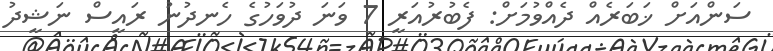
ސަންއަށް ޚަބަރެއް ދެއްވުމަށް: ފެބުރުއަރީ 7 ވަނަ ދުވަހުގެ ހެނދުުނު ރައީސް ނަޝީދު